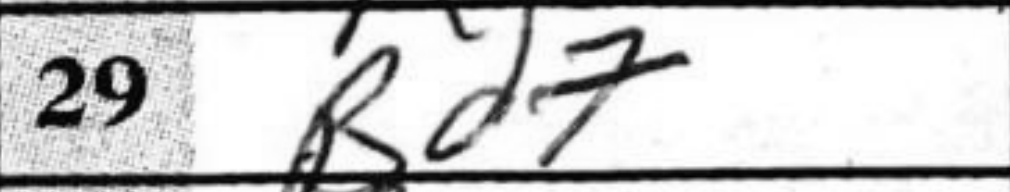
Transcription: Bd7